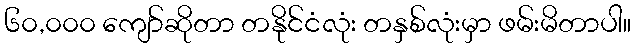
၆၀,၀၀၀ ကျော်ဆိုတာ တနိုင်ငံလုံး တနှစ်လုံးမှာ ဖမ်းမိတာပါ။